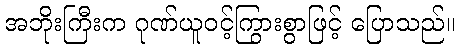
အဘိုးကြီးက ဂုဏ်ယူဝင့်ကြွားစွာဖြင့် ပြောသည်။